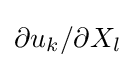
\partial u_{k}/\partial X_{l}